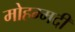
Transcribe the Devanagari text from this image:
मोहम्‍मदी